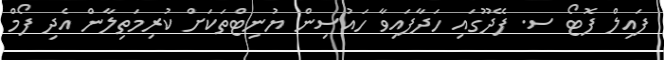
ފައިލް ފޮޓޯ ސ. ފޭދޫގައި ހަދާފައިވާ ހައުސިން ޔުނިޓްތަކަށް ކުރިމަތިލާން އެދި ފޯމް